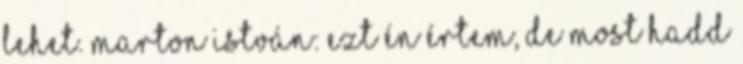
lehet. Marton István: Ezt én értem, de most hadd